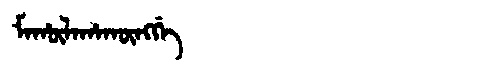
Manchu: ᠮᠠᡥᡡᠯᠠᡥᠠᡴᡡᠩᡤᡝ
Romanization: MAHŪLAHAKŪNGGE